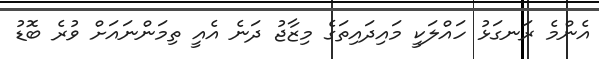
އެންމެ ރަނގަޅު ހައްލަކީ މައިދައިތަގެ މިޒާޖު ދަނެ އެއީ ތިމަންނައަށް ވުރެ ބޮޑު